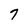
Character: 7